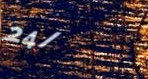
24/7